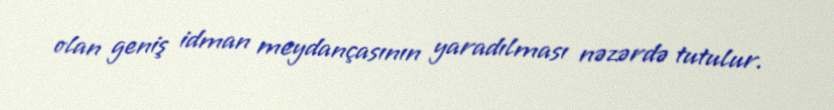
olan geniş idman meydançasının yaradılması nəzərdə tutulur.